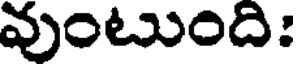
వుంటుంది: